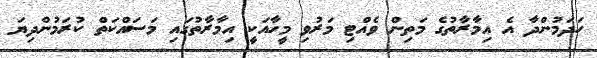
ހަދަމުންދާ އެ އިމާރާތުގެ މަތިން ވެއްޓި މަރުވި މީހާއަކީ އިމާރާތުގައި މަސައްކަތް ކުރަމުންދިޔަ